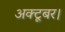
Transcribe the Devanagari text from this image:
अक्टूबर।